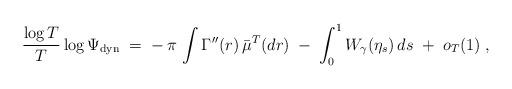
LaTeX: \begin{align*}\frac {\log T}{T} \log \Psi_{\rm dyn} \;=\;- \, \pi \, \int \Gamma''(r) \, \bar\mu^T(dr) \;-\; \int_0^1 W_\gamma (\eta_s) \, ds \; +\; o_T(1)\;,\end{align*}